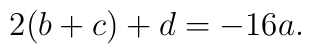
2 ( b+c) + d = - 16 a.